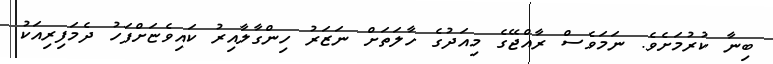
ބިނާ ކުރުމަށެވެ. ނަމަވެސް ރާއްޖޭގެ މިއަދުގެ ހާލަތަށް ނަޒަރު ހިންގާލާއިރު ކައިވެޏަށްފަހު ދެމަފިރިއަކު